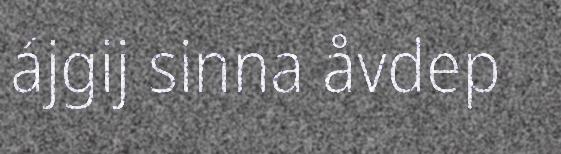
ájgij sinna åvdep